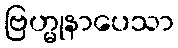
ဗြဟ္မုနာပေသာ